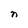
Character: n